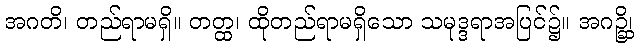
အဂတိ၊ တည်ရာမရှိ။ တတ္ထ၊ ထိုတည်ရာမရှိသော သမုဒ္ဒရာအပြင်၌။ အဂဉ္ဆိ၊